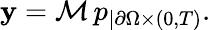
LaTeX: \mathbf{y}=\mathcal{{M}}\, p_{|\partial\Omega\times(0,T)}.